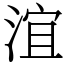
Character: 𣶺